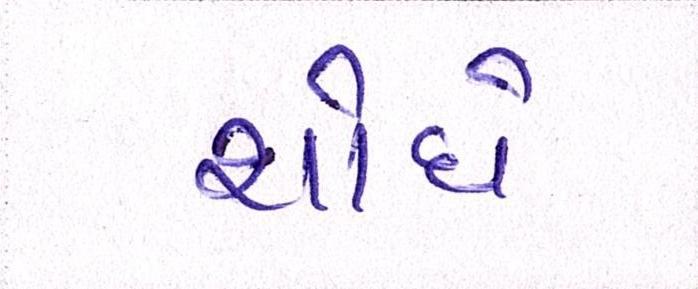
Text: શોધે